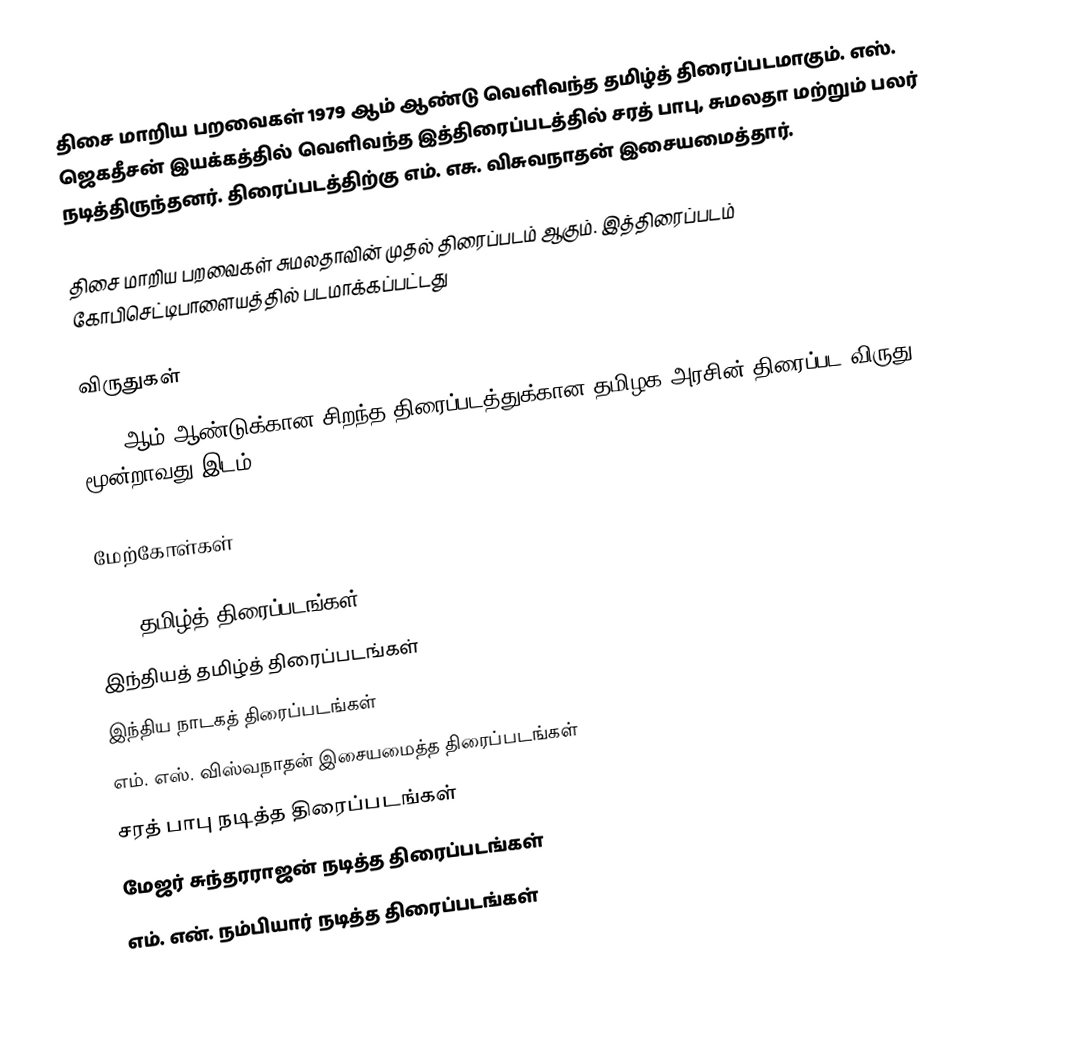
திசை மாறிய பறவைகள் 1979 ஆம் ஆண்டு வெளிவந்த தமிழ்த் திரைப்படமாகும். எஸ். ஜெகதீசன் இயக்கத்தில் வெளிவந்த இத்திரைப்படத்தில் சரத் பாபு, சுமலதா மற்றும் பலர் நடித்திருந்தனர். திரைப்படத்திற்கு எம். எசு. விசுவநாதன் இசையமைத்தார்.

திசை மாறிய பறவைகள் சுமலதாவின் முதல் திரைப்படம் ஆகும். இத்திரைப்படம்  கோபிசெட்டிபாளையத்தில் படமாக்கப்பட்டது

விருதுகள்
 1979 ஆம் ஆண்டுக்கான சிறந்த திரைப்படத்துக்கான தமிழக அரசின் திரைப்பட விருது  - மூன்றாவது இடம்

மேற்கோள்கள்

1979 தமிழ்த் திரைப்படங்கள்
இந்தியத் தமிழ்த் திரைப்படங்கள்
இந்திய நாடகத் திரைப்படங்கள்
எம். எஸ். விஸ்வநாதன் இசையமைத்த திரைப்படங்கள்
சரத் பாபு நடித்த திரைப்படங்கள்
மேஜர் சுந்தரராஜன் நடித்த திரைப்படங்கள்
எம். என். நம்பியார் நடித்த திரைப்படங்கள்